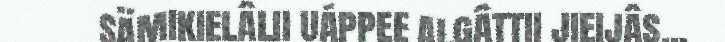
sämikielâlii uáppee algâttii jieijâs...